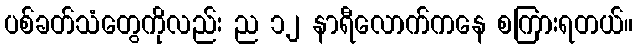
ပစ်ခတ်သံတွေကိုလည်း ည ၁၂ နာရီလောက်ကနေ စကြားရတယ်။